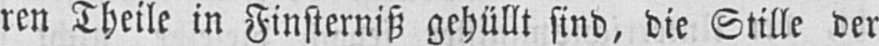
ren Theile in Finsterniß gehüllt sind, die Stille der